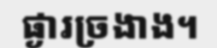
ផ្ងារច្រងាង។